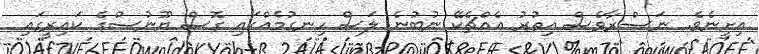
އިށީނެވެ. ނަޞްރާވެސް އިތުރު އެއްޗެކޭ ނުބުނެ ލަސް ހިނގުމެއްގައި ގޮސް ޔޫނުސްގެ ކައިރީގައި